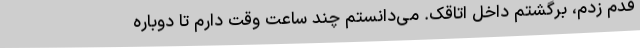
قدم زدم، برگشتم داخل اتاقک. می‌دانستم چند ساعت وقت دارم تا دوباره